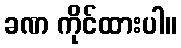
ခဏ ကိုင်ထားပါ။